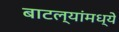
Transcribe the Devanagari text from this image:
बाटल्यांमध्ये